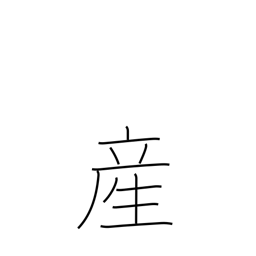
Meaning: childbirth